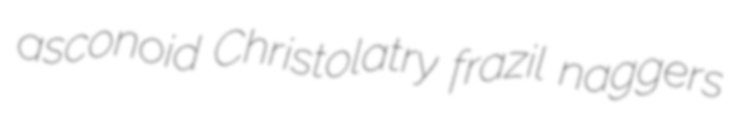
asconoid Christolatry frazil naggers